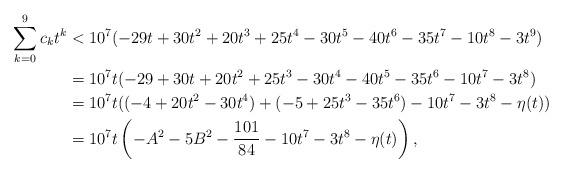
LaTeX: \begin{align*}\sum_{k=0}^{9}c_{k}t^{k}& <10^{7}(-29t+30t^{2}+20t^{3}+25t^{4}-30t^{5}-40t^{6}-35t^{7}-10t^{8}-3t^{9}) \\& =10^{7}t(-29+30t+20t^{2}+25t^{3}-30t^{4}-40t^{5}-35t^{6}-10t^{7}-3t^{8}) \\& =10^{7}t((-4+20t^{2}-30t^{4})+(-5+25t^{3}-35t^{6})-10t^{7}-3t^{8}-\eta (t))\\&=10^{7}t\left(-A^{2}-5B^{2}-\frac{101}{84}-10t^{7}-3t^{8}-\eta(t)\right),\end{align*}